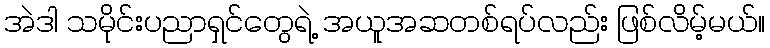
အဲဒါ သမိုင်းပညာရှင်တွေရဲ့ အယူအဆတစ်ရပ်လည်း ဖြစ်လိမ့်မယ်။